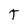
Character: t